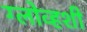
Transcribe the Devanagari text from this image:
ग्लोव्हशी